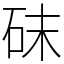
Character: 砞